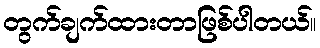
တွက်ချက်ထားတာဖြစ်ပါတယ်။